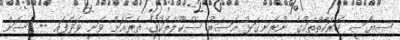
ސިޔާސީ ހަރަކާތްތަކުގެ ނުރަނގަޅު އަސަރު ސްކޫލްތަކުގެ ތެރެއަށް ވަނީ ވަދެފައި -- ސަން